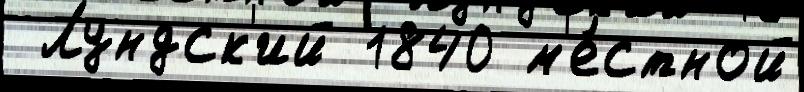
 Лундск'ий 1840 м'е́стной